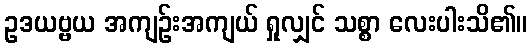
ဥဒယဗ္ဗယ အကျဉ်းအကျယ် ရှုလျှင် သစ္စာ လေးပါးသိ၏။